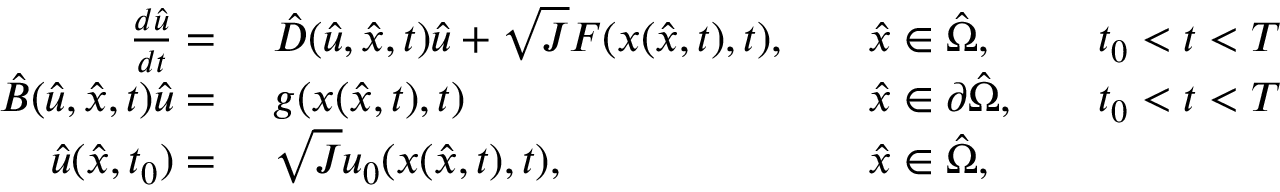
\begin{array} { r l r l r l } { \frac { d \hat { u } } { d t } = \ } & { \hat { D } ( \hat { u } , \hat { x } , t ) \hat { u } + \sqrt { J } F ( x ( \hat { x } , t ) , t ) , } & & { \hat { x } \in \hat { \Omega } , } & & { t _ { 0 } < t < T } \\ { \hat { B } ( \hat { u } , \hat { x } , t ) \hat { u } = \ } & { g ( x ( \hat { x } , t ) , t ) } & & { \hat { x } \in \partial \hat { \Omega } , } & & { t _ { 0 } < t < T } \\ { \hat { u } ( \hat { x } , t _ { 0 } ) = \ } & { \sqrt { J } u _ { 0 } ( x ( \hat { x } , t ) , t ) , } & & { \hat { x } \in \hat { \Omega } , } \end{array}